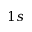
1 s